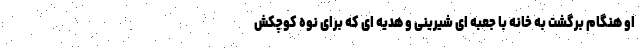
او هنگام برگشت به خانه با جعبه ای شیرینی و هدیه ای که برای نوه کوچکش